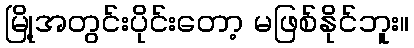
မြို့အတွင်းပိုင်းတော့ မဖြစ်နိုင်ဘူး။